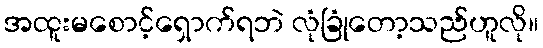
အထူးမစောင့်ရှောက်ရဘဲ လုံခြုံတော့သည်ဟူလို။